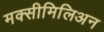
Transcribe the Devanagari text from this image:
मक्सीमिलिअन